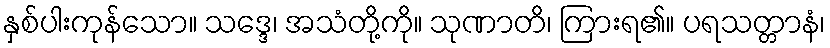
နှစ်ပါးကုန်သော။ သဒ္ဒေ၊ အသံတို့ကို။ သုဏာတိ၊ ကြားရ၏။ ပရသတ္တာနံ၊